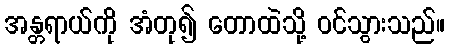
အန္တရာယ်ကို အံတု၍ တောထဲသို့ ဝင်သွားသည်။